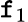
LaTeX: \mathtt{f}_{1}